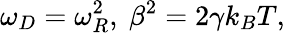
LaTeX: \omega_{D}=\omega_{R}^{2},\ \beta^{2}=2\gamma k_{B}T,